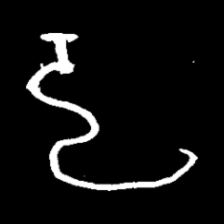
Pyu character \u2014 Myanmar letter: ဠ (romanized: lla)